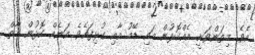
އެވެ. މިތަންވަނީ އެއްކޮޅުން މައި ޑޭމު އާއި ގުޅިފައެވެ. އަނެއް ކޮޅުން އާތް